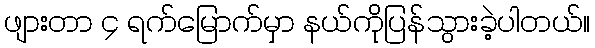
ဖျားတာ ၄ ရက်မြောက်မှာ နယ်ကိုပြန်သွားခဲ့ပါတယ်။